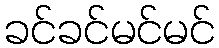
ခင်ခင်မင်မင်